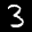
Label: 3